Vital statistics of India. Vol. VI, European troops 1870-79
Year: 1870
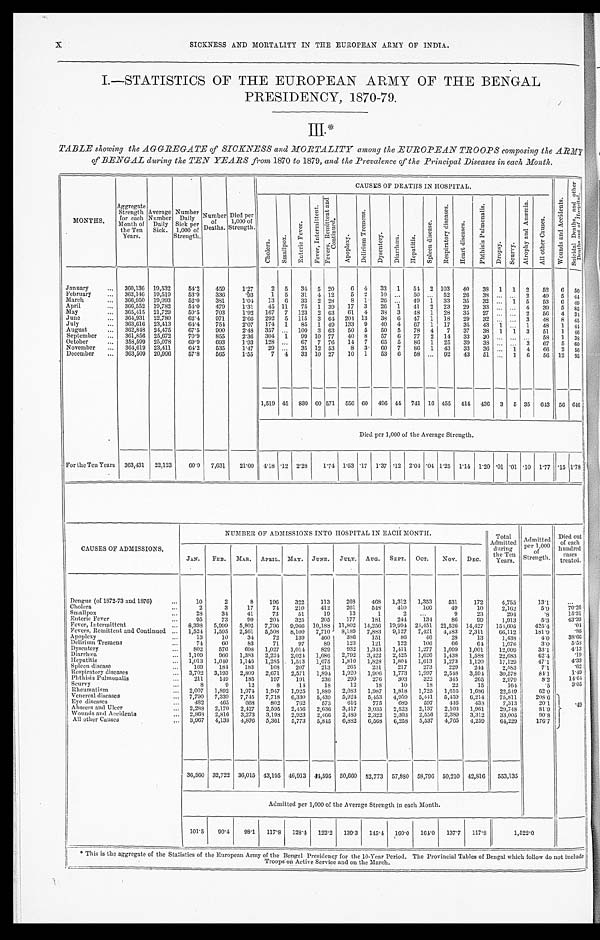
X
SICKNESS AND MORTALITY IN THE EUROPEAN ARMY OF INDIA.
I.—STATISTICS OF THE EUROPEAN ARMY OF THE BENGAL
PRESIDENCY, 1870-79.
III.*
TABLE showing the AGGREGATE of SICKNESS and MORTALITY among the EUROPEAN TROOPS composing the ARMY
of BENGAL during the TEN YEARS from 1870 to 1879, and the Prevalence of the Principal Diseases in each Month.
MONTHS.
Aggregate
Strength
for each
Month of
the Ten
Years.
Average
Number
Daily
Sick.
Number
Daily
Sick per
1,000 of
Strength.
Number
of
Deaths.
Died per
1,000 of
Strength.
CAUSES OF DEATHS IN HOSPITAL.
W o u n d s a n d A c c i d e n t s .
S u i c i d a l D e a t h s , a n d o t h e r D e a t h s o u t o f H o s p i t a l .
C h o l e r a .
S m a l l p o x .
E n t e r i c F e v e r .
F e v e r , I n t e r m i t t e n t . F e v e r s , R e m i t t e n t a n d C o n t i n u e d .
A p o p l e x y .
D e l i r i u m T r e m e n s .
D y s e n t e r y .
D i a r r h œ a .
H e p a t i t i s .
S p l e e n d i s e a s e .
R e s p i r a t o r y d i s e a s e s .
H e a r t d i s e a s e s .
P h t h i s i s P u l m o n a l i s .
D r o p s y .
S c u r v y .
A t r o p h y a n d A n æ m i a .
A l l o t h e r C a u s e s .
January
...
360,136 19,532
54.2
459
1.27
2
5
34 5 20
6 4
33
1
54 2 103
40
38
1
1
2
52
6
5 0
February
...
362,146 19,519
53.9
336
.93
1
5
31
4 12
5
2
10 ...
50 ...
52
26
38 ... ...
2
49
5
4 4
March
...
366,950 19,093
52.0
381
1.04
13
6
33
2 28
8 1
26 ...
49
1
33
35
32 ...
1
5
53
6
49
April ...
366,552 19,782
54.0
479
1.31
45 11
75
1 39
17
3
26
1
41
2
23
29
33
. . . ...
4
39
5 85
May ...
365,415 21,729
59.5
703
1.92
167
7
123
2 63
61
4
38 3
48
1
28
35
27 ... ...
2
56
4 3 4
June
...
364,931 22,780
62.4
971
2.66
292
5
115
3
6 4 204 13
38
6
47
1
18
29
32 ...
... 3
48
8 45
July
...
363,616 23,413
6 4 . 4
754
2.07
174
1
85
1 49
133
9
40
4
67
1
17
35
43
1 ...
1
48
1
44
August
...
362,848 24,475
67.5
900
2.48
357 ...
100
3 63
50
5
50
5
78
4
7
37
38
1
1
3
51
1
46
September
...
361,856
2 5 , 6 7 2
70.9
855
2.36
304
1
99 10 77
40
8
57
6
77
2
14
33
30 ... ... ...
58
1 38
October
...
358,599 25,078
69.9
693
1.93
128 ...
67
7 76
14
7
65
5
86
1
25
39
38 ... ...
3
6 7 5 60
November
...
364,619 23,411
64.2
535
1 . 4 7
29 ...
35 12 53
8
3
6 0 7
86
1
43
33
36 ...
1
4
66
2
56
December
...
363,509 20,996
57.8
565
1 . 5 5
7
4
33 10 27
10
1
53
6
58 ...
92
43
51
. . . 1
6
56 12 95
1,519 45
830 60 571
556 60 496 44 741 16 455
414
436
3
5 35
643 56 646
Died per 1,000 of the Average Strength.
For the Ten Years
363,431
22,123
60.9
7,631
2 1 . 0 0
4.18 .12 2.28
1.74 1.53 .17 1.37 .12
2.04 .04 1.25 1.14 1.20 .01 .01 .10 1.77 .15 1.78
CAUSES OF ADMISSIONS.
N U M B E R O F A D M I S S I O N S I N T O H O S P I T A L I N E A C H M O N T H .
Total
Admitted
during the Ten
years.
Admitted
per 1,000 of
Strength.
Died out
of each
hundred
cases
treated.
JAN.
FEB.
MAR.
APRIL.
MAY.
JUNE.
JULY. AUG.
SEPT.
OCT.
NOV. DEC.
Dengue (of 1872-73 and 1876)
...
10
2
8
196
322
113
268
468
1,312
1,353
531
172
4,755
13.1
...
Cholera ...
2
3
17
74
210
412
261
548
410
166
49
10
2,162
5 . 9
70.26
Smallpox ...
28
34
41
73
51
19
13
1
2
. . .
9
23
294
.8
15.31
Enteric Fever
...
95
73
90
204
325
205
177
181
244
134
86
99
1 , 9 1 3
5.3
4 3 . 3 9
Fever, Intermittent
...
8,398
5,999
5,802
7,796
9,966 10,188 11,802 14,256 19,994 24,451 21,526 14,427
1 5 4 , 6 0 5
425.4
.04
Fevers, Remittent and Continued ...
1,524
1,595
2,561
5,508
8,100
7,710
8,189
7,883
9,127
7,421
4,183
2,311
66,112
1 8 1 . 9
.86
Apoplexy
13
10
34
72
139
460
386
151
86
46
28
13
1,438
4.0
38.66
Delirium Tremens ...
74
60
83
71
97
89
123
121
122
106
66
64
1,076
3.0
5 . 5 8
Dysentery
...
802
576
698
1,027
1,014
829
932
1,343
1,411
1,277
1,099
1,001
12,009
33.1
4.13
Diarrhœa
...
1,109
966
1,383
2,224
2,024
1,686
2,792
3,422
2 , 4 2 5 1,626
1,438
1,588
22,683
62.4
.19
Hepatitis ...
1,013
1,040
1,146
1,285
1,513
1,675
1,810
1,828
1,804 1,613
1,273
1,120
17,129
47.1
4.33
Spleen disease ...
169
184
183
168
207
213
265
231
217
273
229
244
2,583
7.1
.62
Respiratory diseases
...
3,702
3,193
2,809
2,671
2,571
1,894
1,920
1,906
1,773
1,997
2 , 5 4 8 3,594
30,578
84.1
1.49
Phthisis Pulmonalis ...
211
149
185
197
191
236
299
276
303
322
345
265
2,979
8.2
1 4 . 6 4
Scurvy
...
8
9
12
8
1 4
18
12
18
10
18
22
15
164
.5
3.05
Rheumatism
... 2,007 1,892 1,974 1,947 1,925 1,889
2 , 0 8 3 1,987
1,818
1,725
1,616
1,686
22,549
62.0
.49
Venereal diseases
...
7,790
7,339
7,745
7,718
6,330
5 , 4 3 9 5,924
5,453
4,959
5,441
5 , 4 5 9 6,214
75,811
208.6
Eye diseases
...
4 8 2
465
668
802
762
573
616
775
6 8 9
597
446
438
7,313
20.1
Abscess and Ulcer ... 2,288 2,170 2,427 2,595 2,456 2,636 3,417 3,035 2,523 2,137 2,103 1,961
29,748
81.9
Wounds and Accidents
...
2,868
2,816
3,273
3,198 2,923
2,466
2,489
2,322
2,393
2,556
2,389
3,312
33,005
90.8
A l l o t h e r C a u s e s . . .
3,967
4,138 4,876 5,361
5,773
5,845
6,882
6,568
6,258
5,537
4,765
4,259
64,229
176.7
36,560 32,722 36,015 43,195 46,913 44,595 50,660 52,773 57,880 58,796 50,210 42,816
553,135
Admitted per 1,000 of the Average Strength in each Month.
101.5
90.4
98.1
117.8
1 2 8 . 4
122.2
139.3
145.4
1 6 0 . 0 164.0
137.7
117.8
1,522.0
* This is the aggregate of the Statistics of the European Army of the Bengal Presidency for the 10-Year Period. The Provincial Tables of Bengal which follow do not include
Troops on Active Service and on the March.